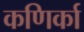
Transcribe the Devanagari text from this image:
कणिर्का